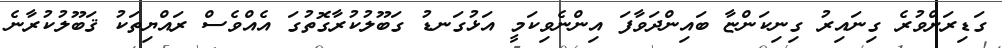
ގަޑިރަށްވުރެ ގިނައިރު ގިނިކަންޏާ ބައިންދަވާފަ އިންނެވިކަމީ އަޅުގަނޑު ގަބޫލުކުރާގޮތުގަ އެއްވެސް ރައްޔިތަކު ޤަބޫލުކުރާނެ